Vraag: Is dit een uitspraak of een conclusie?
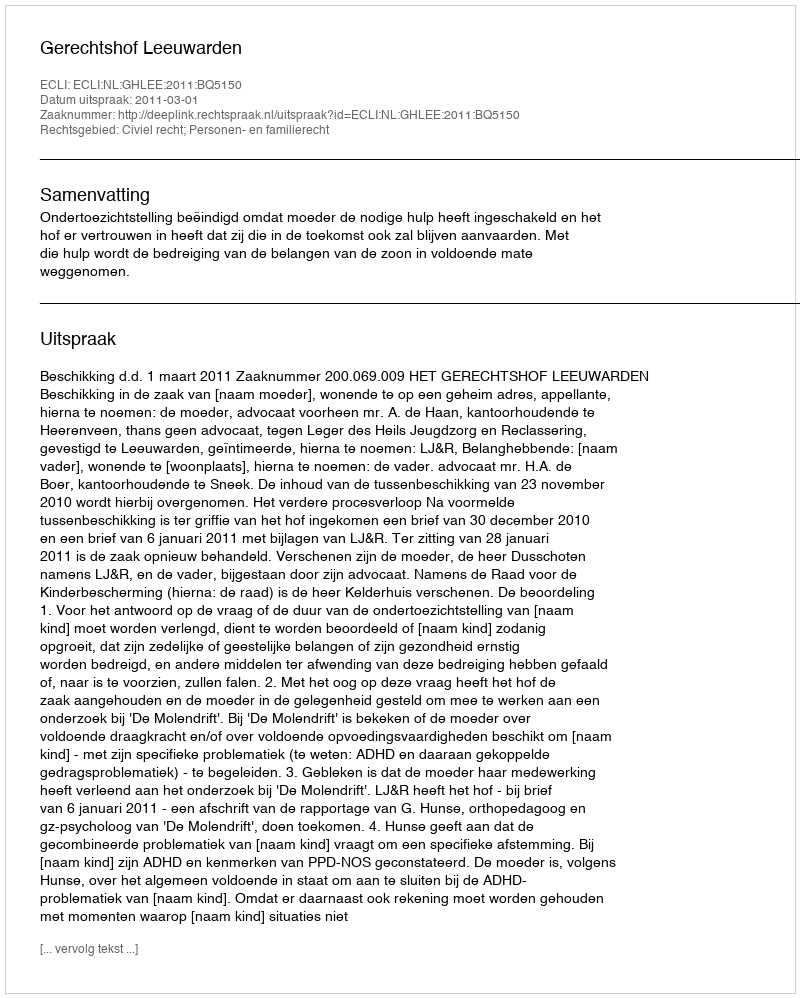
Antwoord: Uitspraak